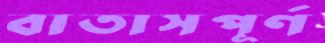
বাতাসপূর্ণ